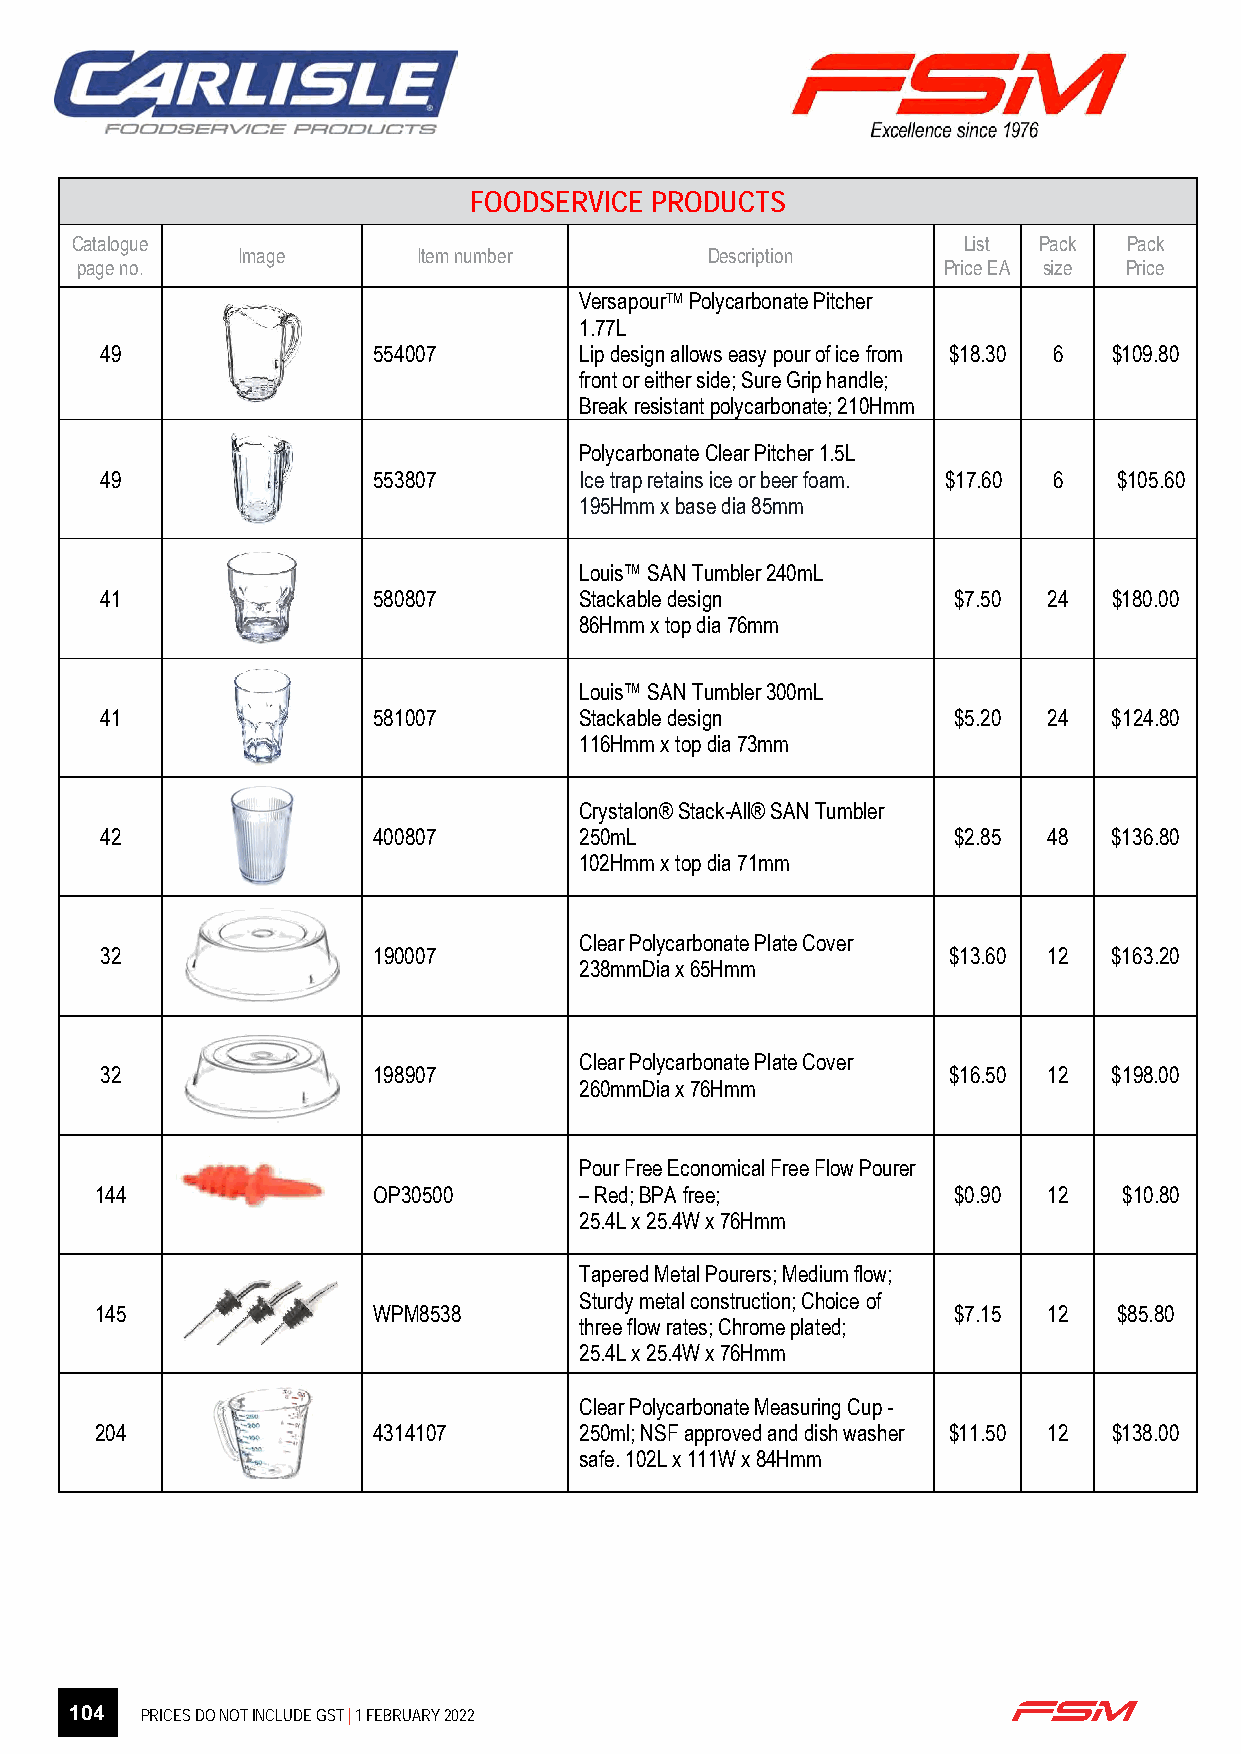
FOODSERVICE PRODUCTS
 Catalogue                                                  List Pack  Pack
 Image       Item number        Description
 page no.                                                 Price EA size Price
 VersapourTM Polycarbonate Pitcher
 1.77L
 49                554007       Lip design allows easy pour of ice from $18.30 6 $109.80
 front or either side; Sure Grip handle;
 Break resistant polycarbonate; 210Hmm
 Polycarbonate Clear Pitcher 1.5L
 49                553807       Ice trap retains ice or beer foam. $17.60 6 $105.60
 195Hmm x base dia 85mm
 Louis™ SAN Tumbler 240mL
 41                580807       Stackable design         $7.50 24   $180.00
 86Hmm x top dia 76mm
 Louis™ SAN Tumbler 300mL
 41                581007       Stackable design         $5.20 24   $124.80
 116Hmm x top dia 73mm
 Crystalon® Stack-All® SAN Tumbler
 42                400807       250mL                    $2.85 48   $136.80
 102Hmm x top dia 71mm
 Clear Polycarbonate Plate Cover
 32                190007                                $13.60 12  $163.20
 238mmDia x 65Hmm
 Clear Polycarbonate Plate Cover
 32                198907                                $16.50 12  $198.00
 260mmDia x 76Hmm
 Pour Free Economical Free Flow Pourer
 144                OP30500      – Red; BPA free;         $0.90 12   $10.80
 25.4L x 25.4W x 76Hmm
 Tapered Metal Pourers; Medium flow;
 Sturdy metal construction; Choice of
 145                WPM8538                               $7.15 12   $85.80
 three flow rates; Chrome plated;
 25.4L x 25.4W x 76Hmm
 Clear Polycarbonate Measuring Cup -
 204                4314107      250ml; NSF approved and dish washer $11.50 12 $138.00
 safe. 102L x 111W x 84Hmm
 Page 2 of 27
 104 PRICES DO NOT INCLUDE GST | 1 FEBRUARY 2022